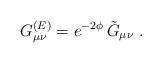
LaTeX: \begin{align*}G_{\mu \nu}^{(E)} = e^{-2\phi}\, \tilde{G}_{\mu \nu} \ .\end{align*}